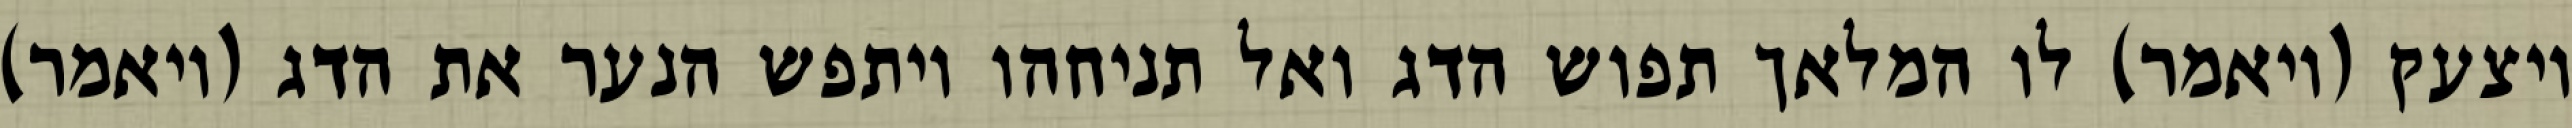
ויצעק (ויאמר) לו המלאך תפוש הדג ואל תניחהו ויתפש הנער את הדג (ויאמר)